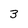
Character: 3